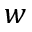
w